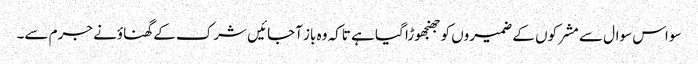
سو اس سوال سے مشرکوں کے ضمیروں کو جھنجھوڑا گیا ہے تاکہ وہ باز آجائیں شرک کے گھناؤنے جرم سے۔